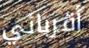
أقربائي